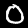
Digit: 0